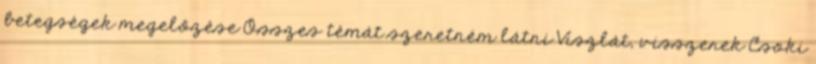
betegségek megelőzése Összes témát szeretném látni Viszlát, visszerek Csoki